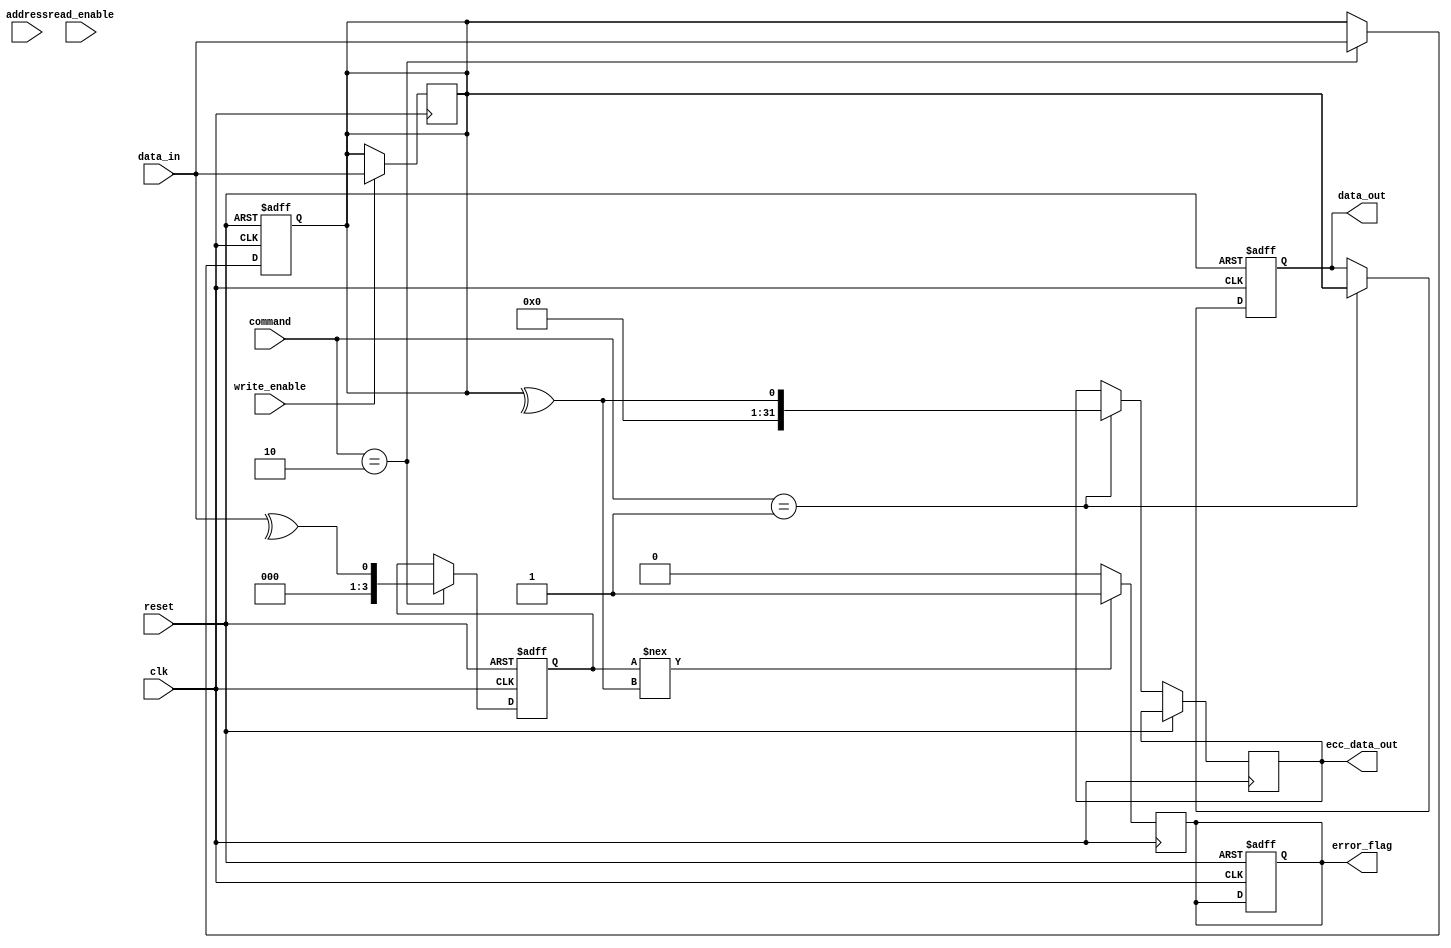
module IO_Block (
    input wire clk,
    input wire reset,
    input wire [31:0] data_in,
    output reg [31:0] data_out,
    input wire [15:0] address,
    input wire read_enable,
    input wire write_enable,
    input wire [1:0] command, // 00: NOP, 01: READ, 10: WRITE, 11: REFRESH
    output reg error_flag,
    output reg [31:0] ecc_data_out
);

// Parameters
parameter DATA_WIDTH = 32;
parameter ADDR_WIDTH = 16;
parameter ECC_WIDTH = 4;

// Internal signals
reg [DATA_WIDTH-1:0] data_buffer;
reg [ADDR_WIDTH-1:0] decoded_address;
reg [ECC_WIDTH-1:0] ecc;

// Error Correction Code (ECC) Logic
function [ECC_WIDTH-1:0] calculate_ecc(input [DATA_WIDTH-1:0] data);
    // Simple parity-based ECC for demonstration
    calculate_ecc = ^data; // XOR of all bits
endfunction

// Address Decoder
always @(*) begin
    // Simple address decoding logic (for demonstration)
    decoded_address = address; // In a real design, this would be hierarchical
end

// Command Interface State Machine
always @(posedge clk or posedge reset) begin
    if (reset) begin
        data_out <= 0;
        data_buffer <= 0;
        error_flag <= 0;
        ecc <= 0;
    end else begin
        case (command)
            2'b01: begin // READ
                data_out <= data_buffer; // Output data from buffer
                ecc_data_out <= calculate_ecc(data_buffer); // Calculate ECC
            end
            2'b10: begin // WRITE
                data_buffer <= data_in; // Store incoming data in buffer
                ecc <= calculate_ecc(data_in); // Calculate ECC for incoming data
            end
            2'b11: begin // REFRESH
                // Refresh logic (not implemented in this example)
            end
            default: begin
                // No operation
            end
        endcase
    end
end

// Data Path (simplified)
always @(posedge clk) begin
    if (write_enable) begin
        data_buffer <= data_in; // Write data to buffer
    end
end

// Error Detection Logic
always @(posedge clk) begin
    if (ecc !== calculate_ecc(data_buffer)) begin
        error_flag <= 1; // Set error flag if ECC does not match
    end else begin
        error_flag <= 0; // Clear error flag
    end
end

endmodule